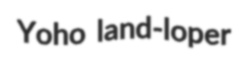
Yoho land-loper